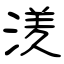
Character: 湵